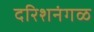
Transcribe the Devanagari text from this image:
दरिशनंगळ